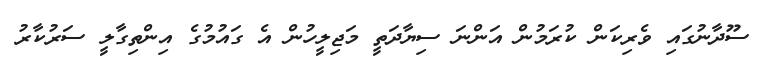
ސޫދާނުގައި ވެރިކަން ކުރަމުން އަންނަ ސިޔާދަތީ މަޖިލީހުން އެ ގައުމުގެ އިންތިގާލީ ސަރުކާރު